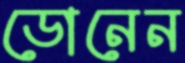
ডোনেন